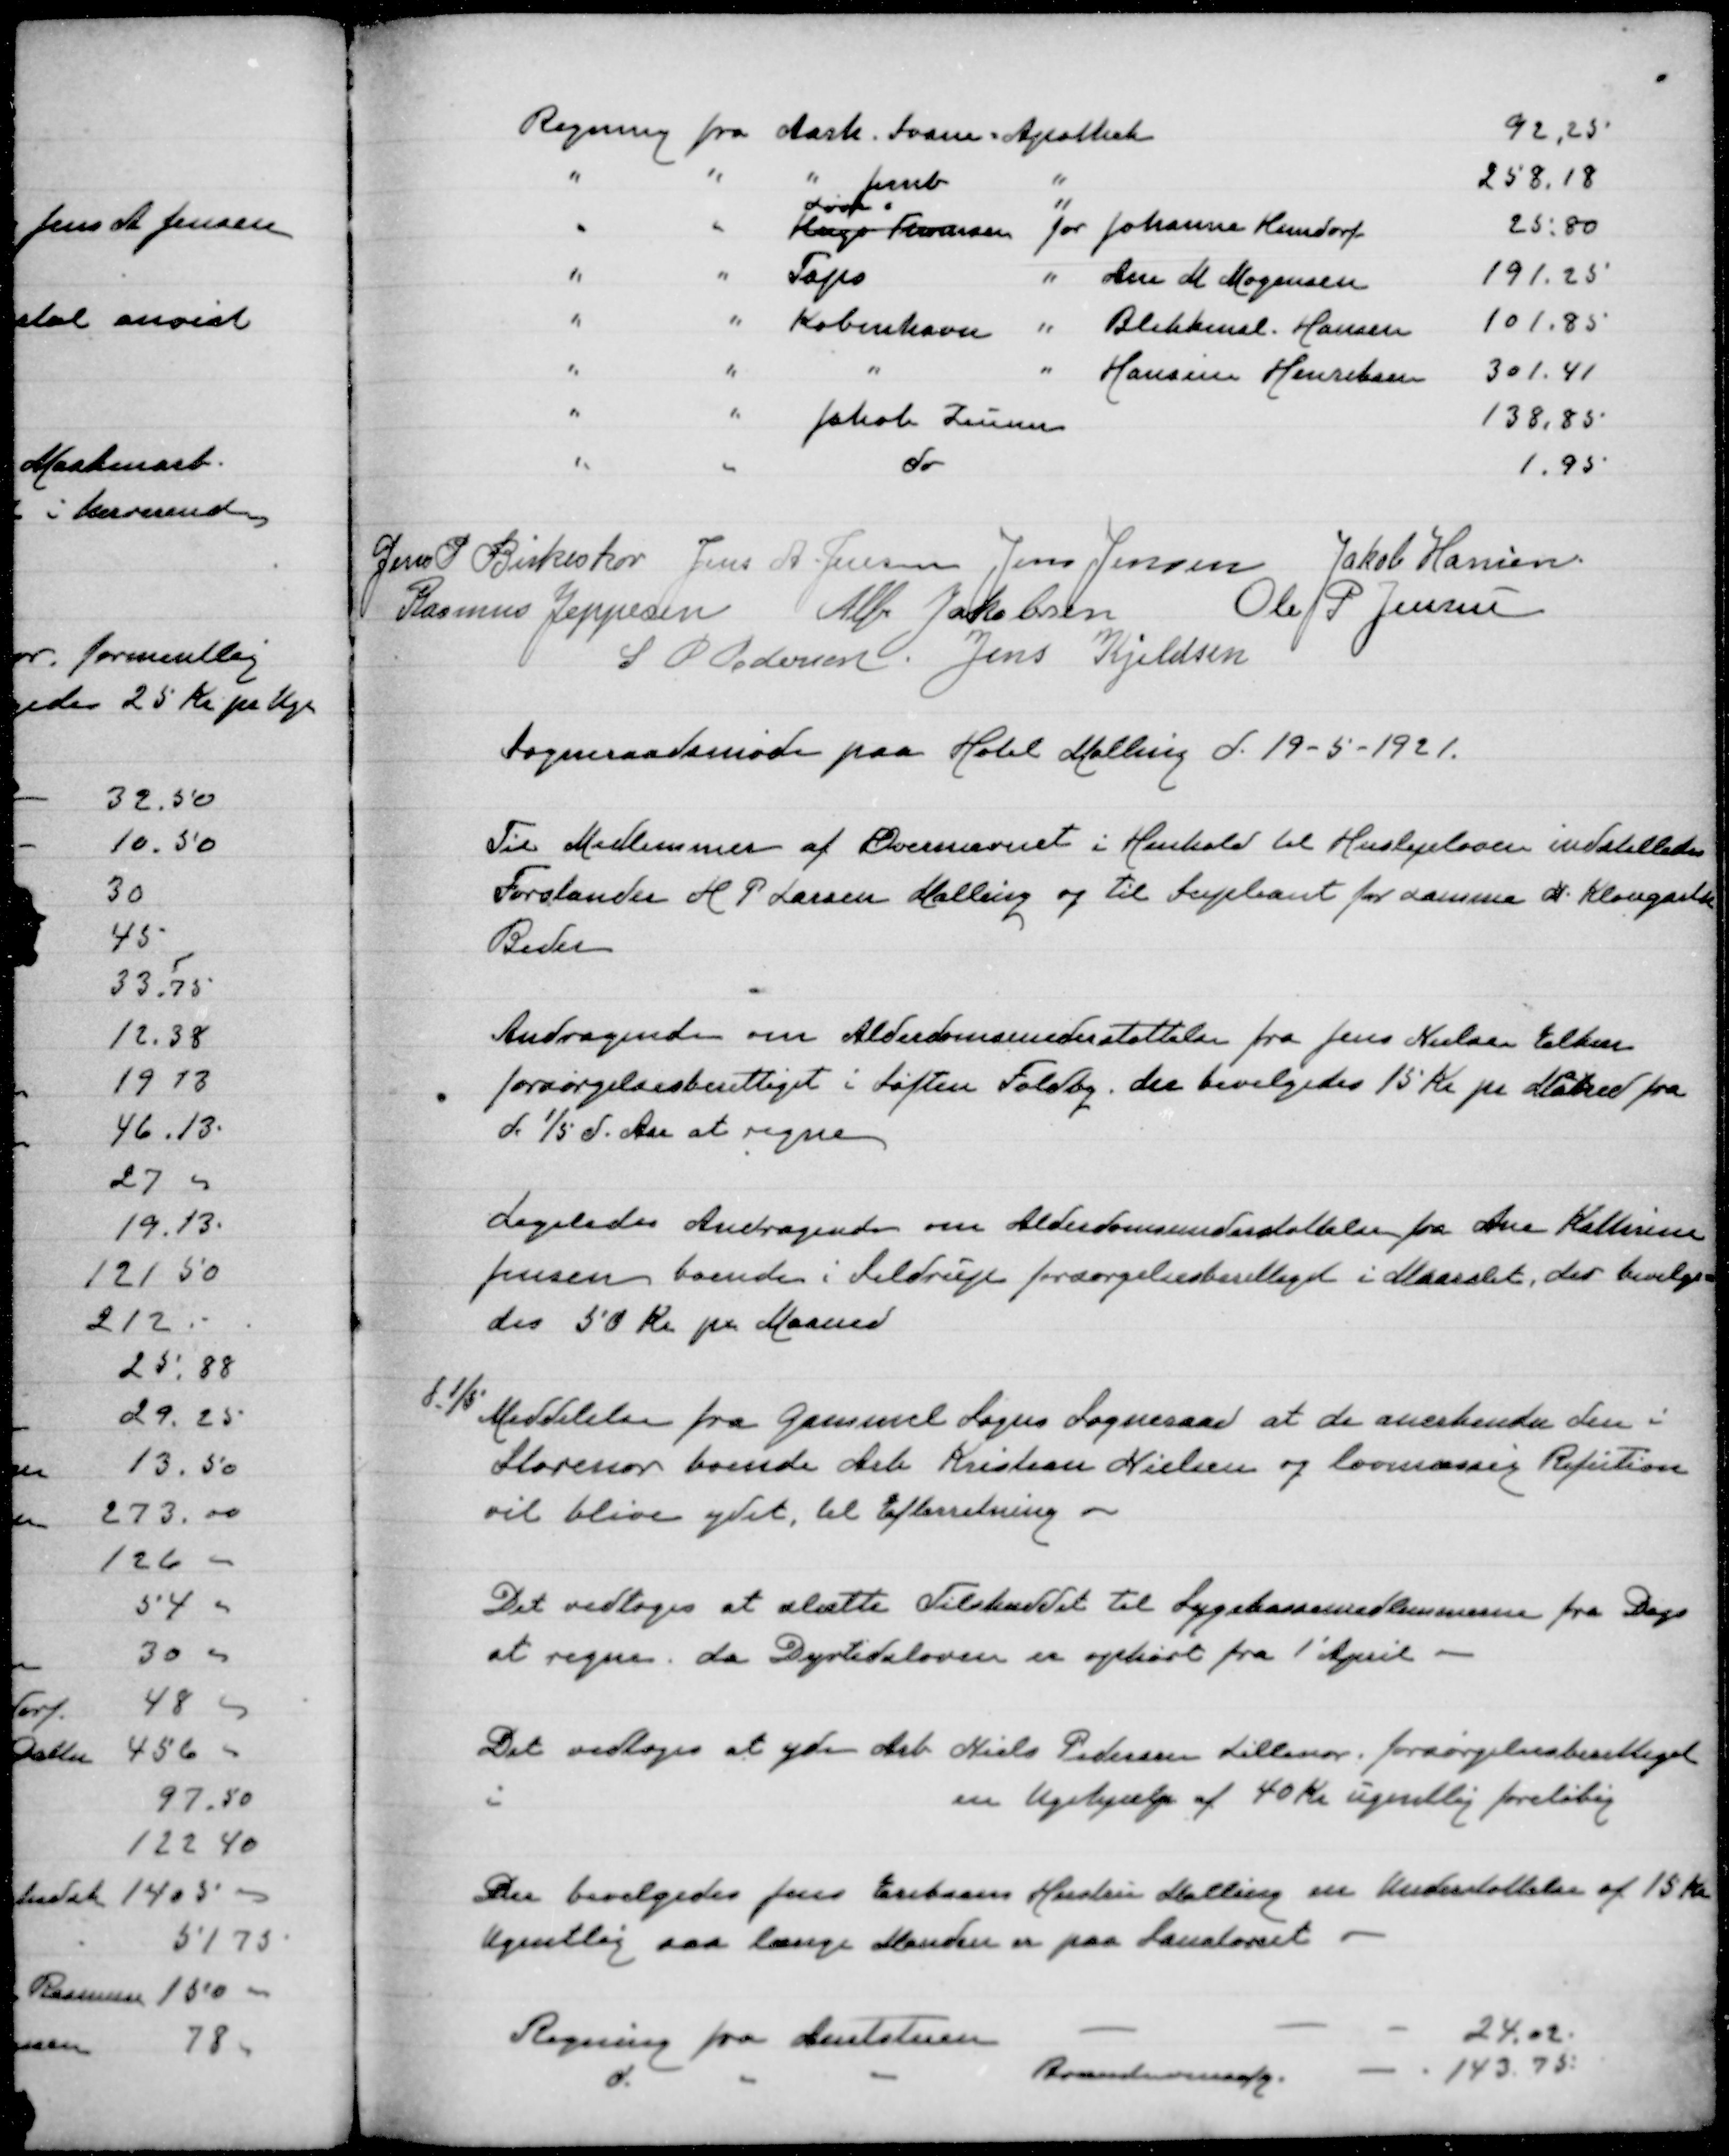
Transskription:
Regning fra Aarh. Svane Apothek
92,25
" " " Jernb "
258,18
Løve "
" " Hugo Thomsen for Johanna Kundorf
25,80
" " Taps " Ane M Mogensen
191,25
" " København " Blikkensl. Hansen
101,85
" " " " Hansine Henriksen
301,41
" "  Jakob Zeuner
138,85
" " do
1,95

Jens P Birkeskov
Jens A Jensen
Jens Jensen
Jakob Hansen
Rasmus Jeppesen
Alfr Jakobsen
Ole P Jensen
S P Pedersen
Jens Kjeldsen

Sogneraadsmøde paa Hotel Malling d. 19-5-1921

Til Medlemmer af Overnævnet i Henhold til Huslejeloven indstilledes
Forstander H P Larsen Malling og til Supleant for samme N Klougart
Beder

Andragende om Alderdomsunderstøttelse fra Jens Nielsen Elkær
forsørgelsesberettioget i Søften Foldby. der bevilgedes 15 Kr pr Maaned fra
d 1/5 d Aar at regne

Ligeledes andragende om Alderdomsunderstøttelse fra Ane Kathrine
Jensen boende i Seldrup forsørgelsesberettiget i Maarslet. der bevilge=
des 50 Kr pr Maaned

d 1/5 Meddelelse fra Gammel Sogns Sogneraad at de anerkender den i
Storenor boende Arb Kristian Nielsen og lovmæssig Refusion
vil blive ydet, til efterretning

Det vedtoges at slette Tilskuddet til Sygekassemedlemmerne fra Dags
at regne, da Dyrtidsloven er ophørt fra 1' April

Det vedtoges at yde Arb Niels Pedersen Lillenor forsørgelsesberettiget
i
en Ugehjælp af 40 Kr ugentlig foreløbig

Der bevilgedes Jens Eriksens Hustru Malling en Understøttelse af 15 Kr
ugentlig saa længe manden er paa Sanatoriet

Regning fra Amtstuen
24,02
" " " Renovationsafgift
143,75